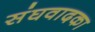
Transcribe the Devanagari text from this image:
संघवादका